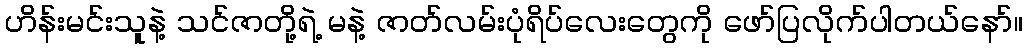
ဟိန်းမင်းသူနဲ့ သင်ဇာတို့ရဲ့ မနဲ့ ဇာတ်လမ်းပုံရိပ်လေးတွေကို ဖော်ပြလိုက်ပါတယ်နော်။